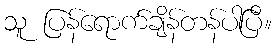
သူ ပြန်ရောက်ချိန်တန်ပါပြီ။